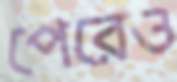
পেরেও